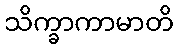
သိက္ခာကာမာတိ